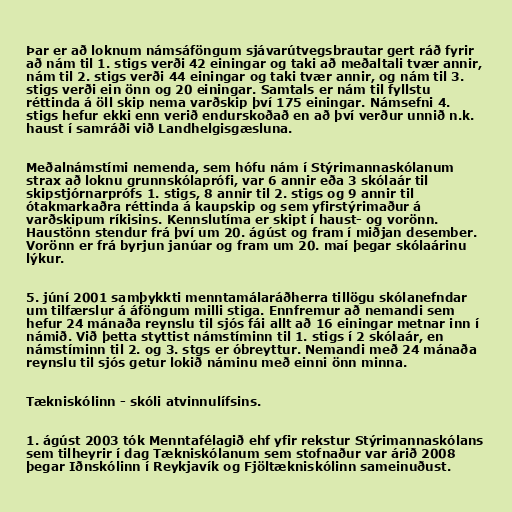
Þar er að loknum námsáföngum sjávarútvegsbrautar gert ráð fyrir
að nám til 1. stigs verði 42 einingar og taki að meðaltali tvær annir,
nám til 2. stigs verði 44 einingar og taki tvær annir, og nám til 3.
stigs verði ein önn og 20 einingar. Samtals er nám til fyllstu
réttinda á öll skip nema varðskip því 175 einingar. Námsefni 4.
stigs hefur ekki enn verið endurskoðað en að því verður unnið n.k.
haust í samráði við Landhelgisgæsluna.

Meðalnámstími nemenda, sem hófu nám í Stýrimannaskólanum
strax að loknu grunnskólaprófi, var 6 annir eða 3 skólaár til
skipstjórnarprófs 1. stigs, 8 annir til 2. stigs og 9 annir til
ótakmarkaðra réttinda á kaupskip og sem yfirstýrimaður á
varðskipum ríkisins. Kennslutíma er skipt í haust- og vorönn.
Haustönn stendur frá því um 20. ágúst og fram í miðjan desember.
Vorönn er frá byrjun janúar og fram um 20. maí þegar skólaárinu
lýkur.

5. júní 2001 samþykkti menntamálaráðherra tillögu skólanefndar
um tilfærslur á áföngum milli stiga. Ennfremur að nemandi sem
hefur 24 mánaða reynslu til sjós fái allt að 16 einingar metnar inn í
námið. Við þetta styttist námstíminn til 1. stigs í 2 skólaár, en
námstíminn til 2. og 3. stgs er óbreyttur. Nemandi með 24 mánaða
reynslu til sjós getur lokið náminu með einni önn minna.

Tækniskólinn - skóli atvinnulífsins.

1. ágúst 2003 tók Menntafélagið ehf yfir rekstur Stýrimannaskólans
sem tilheyrir í dag Tækniskólanum sem stofnaður var árið 2008
þegar Iðnskólinn í Reykjavík og Fjöltækniskólinn sameinuðust.